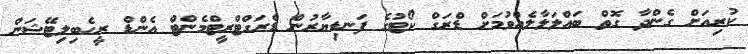
ކުރިއަށް ގެންދާ ގޮތް ބައްލަލާލެއްވުމަށް ޑްރަގް ކޯޓުގެ ފަނޑިޔާރުން ޑްރަގްޓްރީޓްމެންޓް އެންޑް ރީހެބިލިޓޭޝަން